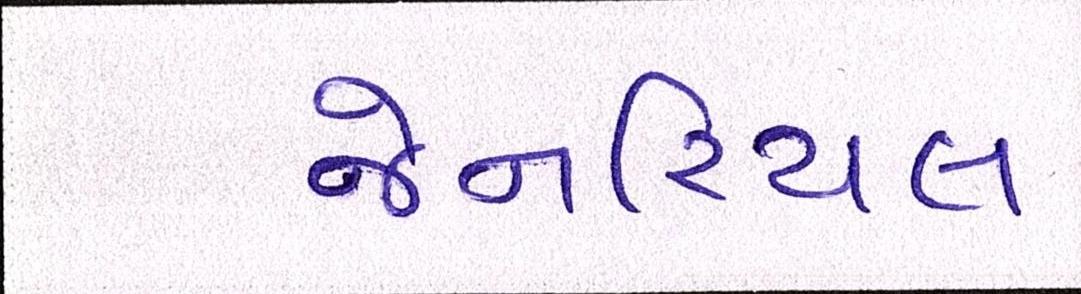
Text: જેનરિયલ